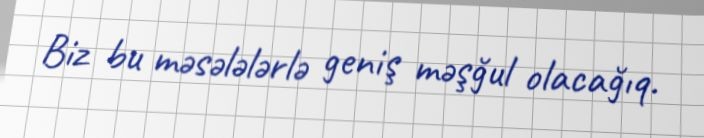
Biz bu məsələlərlə geniş məşğul olacağıq.